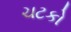
ચટકો